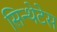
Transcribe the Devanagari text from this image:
सिन्थेटेस